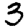
Digit: 3